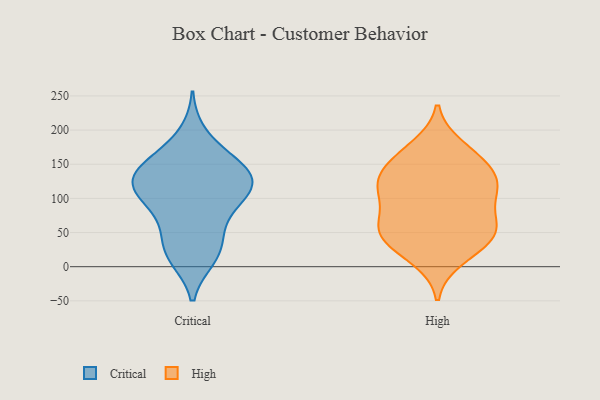
{"axis": {"x": "Conversion Rate (%)", "y": "Value"}, "legend": ["Critical", "High"], "data": [{"x": "", "y": 130, "type": "Critical"}, {"x": "", "y": 121, "type": "Critical"}, {"x": "", "y": 195, "type": "Critical"}, {"x": "", "y": 38, "type": "Critical"}, {"x": "", "y": 90, "type": "Critical"}, {"x": "", "y": 13, "type": "Critical"}, {"x": "", "y": 20, "type": "Critical"}, {"x": "", "y": 12, "type": "Critical"}, {"x": "", "y": 103, "type": "Critical"}, {"x": "", "y": 52, "type": "Critical"}, {"x": "", "y": 138, "type": "Critical"}, {"x": "", "y": 147, "type": "Critical"}, {"x": "", "y": 100, "type": "Critical"}, {"x": "", "y": 124, "type": "Critical"}, {"x": "", "y": 114, "type": "Critical"}, {"x": "", "y": 163, "type": "Critical"}, {"x": "", "y": 111, "type": "Critical"}, {"x": "", "y": 67, "type": "Critical"}, {"x": "", "y": 143, "type": "Critical"}, {"x": "", "y": 156, "type": "Critical"}, {"x": "", "y": 46, "type": "High"}, {"x": "", "y": 113, "type": "High"}, {"x": "", "y": 58, "type": "High"}, {"x": "", "y": 54, "type": "High"}, {"x": "", "y": 62, "type": "High"}, {"x": "", "y": 119, "type": "High"}, {"x": "", "y": 167, "type": "High"}, {"x": "", "y": 133, "type": "High"}, {"x": "", "y": 39, "type": "High"}, {"x": "", "y": 103, "type": "High"}, {"x": "", "y": 151, "type": "High"}, {"x": "", "y": 61, "type": "High"}, {"x": "", "y": 144, "type": "High"}, {"x": "", "y": 121, "type": "High"}, {"x": "", "y": 176, "type": "High"}, {"x": "", "y": 99, "type": "High"}, {"x": "", "y": 25, "type": "High"}, {"x": "", "y": 11, "type": "High"}]}